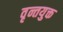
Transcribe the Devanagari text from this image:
वृन्तयुक्त